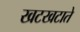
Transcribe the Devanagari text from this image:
खटखटाते